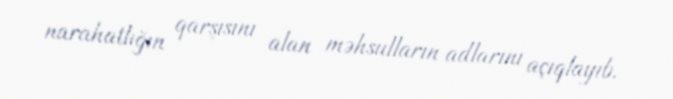
narahatlığın qarşısını alan məhsulların adlarını açıqlayıb.